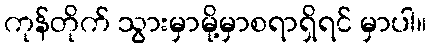
ကုန်တိုက် သွားမှာမို့မှာစရာရှိရင် မှာပါ။